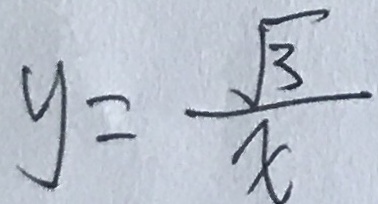
y = \frac { \sqrt { 3 } } { x }